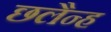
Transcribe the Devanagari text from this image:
छलैन्ह